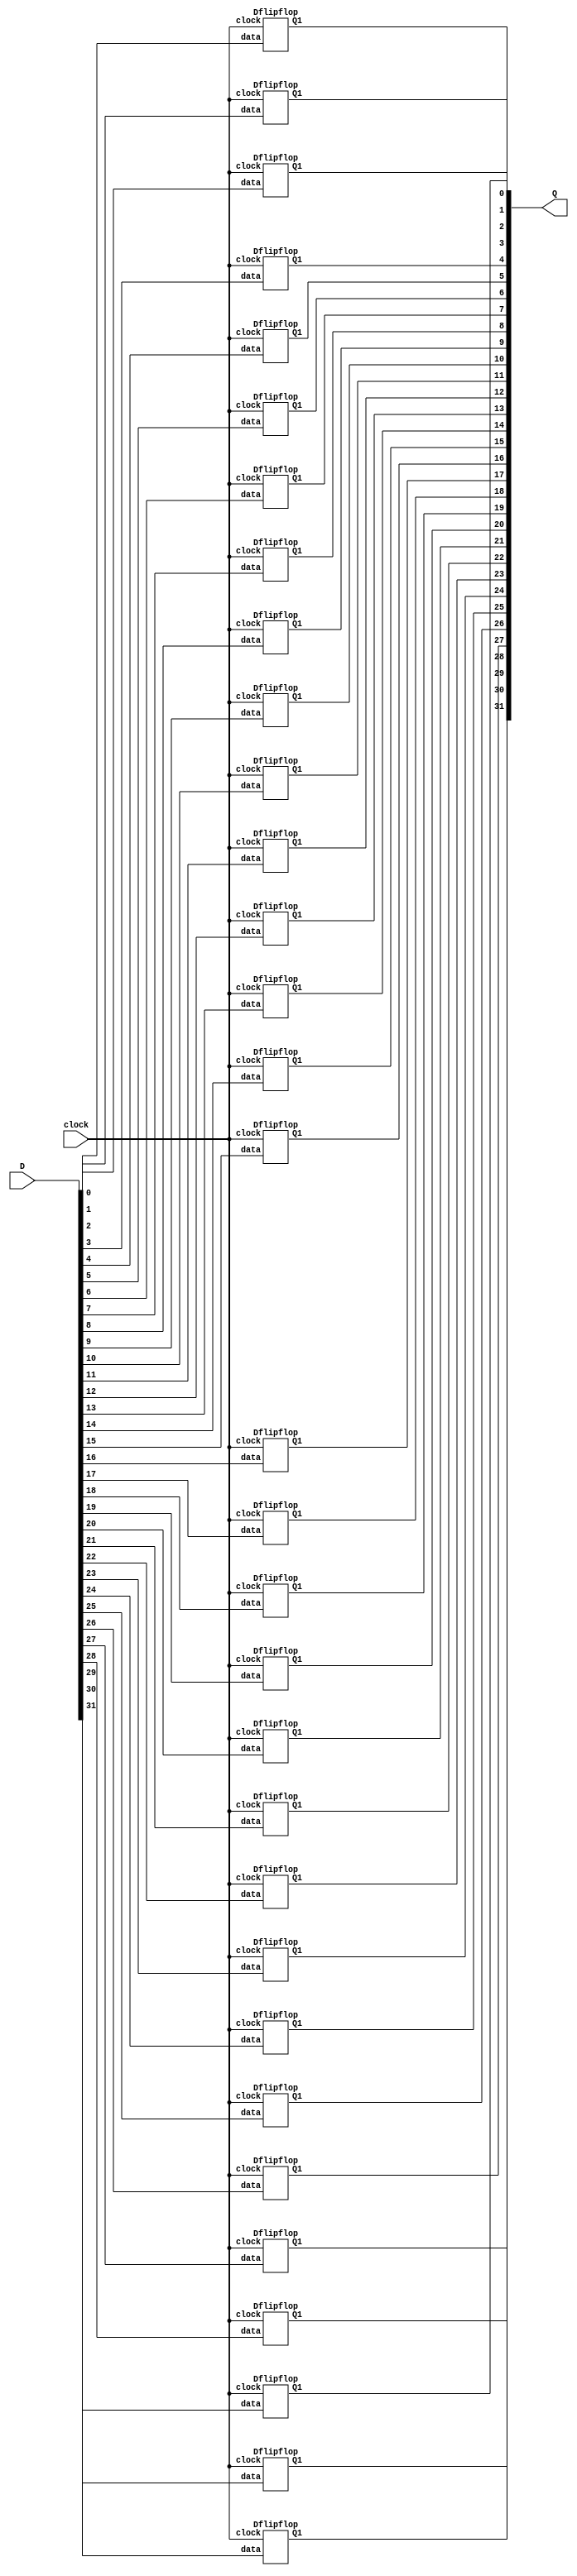
// This is a left shifter. It uses D flip flops to capture data and update it with the clock cycle. The 
// D flip flops use only NAND gates. 
`define NAND nand #30

module bitwiseSHFT(Q, D, clock);
  output[31:0] Q;
  input[31:0] D;
  input clock;
  Dflipflop dff00(Q[ 1], D[ 0], clock); // Shifts everything to the left by moving the output to the new location
  Dflipflop dff01(Q[ 2], D[ 1], clock);
  Dflipflop dff02(Q[ 3], D[ 2], clock);
  Dflipflop dff03(Q[ 4], D[ 3], clock);
  Dflipflop dff04(Q[ 5], D[ 4], clock);
  Dflipflop dff05(Q[ 6], D[ 5], clock);
  Dflipflop dff06(Q[ 7], D[ 6], clock);
  Dflipflop dff07(Q[ 8], D[ 7], clock);
  Dflipflop dff08(Q[ 9], D[ 8], clock);
  Dflipflop dff09(Q[10], D[ 9], clock);
  Dflipflop dff10(Q[11], D[10], clock);
  Dflipflop dff11(Q[12], D[11], clock);
  Dflipflop dff12(Q[13], D[12], clock);
  Dflipflop dff13(Q[14], D[13], clock);
  Dflipflop dff14(Q[15], D[14], clock);
  Dflipflop dff15(Q[16], D[15], clock);
  Dflipflop dff16(Q[17], D[16], clock);
  Dflipflop dff17(Q[18], D[17], clock);
  Dflipflop dff18(Q[19], D[18], clock);
  Dflipflop dff19(Q[20], D[19], clock);
  Dflipflop dff20(Q[21], D[20], clock);
  Dflipflop dff21(Q[22], D[21], clock);
  Dflipflop dff22(Q[23], D[22], clock);
  Dflipflop dff23(Q[24], D[23], clock);
  Dflipflop dff24(Q[25], D[24], clock);
  Dflipflop dff25(Q[26], D[25], clock);
  Dflipflop dff26(Q[27], D[26], clock);
  Dflipflop dff27(Q[28], D[27], clock);
  Dflipflop dff28(Q[29], D[28], clock);
  Dflipflop dff29(Q[30], D[29], clock);
  Dflipflop dff30(Q[31], D[30], clock);
  Dflipflop dff31(Q[ 0], D[31], clock);
endmodule

module Dflipflop(Q1, data, clock);
  output Q1;
  input data, clock;
  wire dflip1, dflip2, dflip3, dflip4, dflip5, dflip6;
  `NAND nand1(dflip1, data, dflip2);
  `NAND nand2(dflip2, clock, dflip1, dflip3);
  `NAND nand3(dflip3, clock, dflip4);
  `NAND nand4(dflip4, dflip1, dflip3);
  `NAND nand5(Q1, dflip6, dflip3);
  `NAND nand6(dflip6, dflip2, Q1); // total delay of 120
endmodule